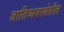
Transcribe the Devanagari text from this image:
जातिव्यवस्थेतील